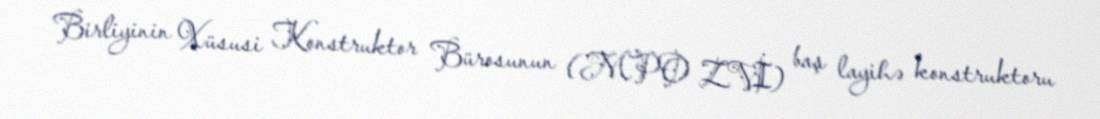
Birliyinin Xüsusi Konstruktor Bürosunun (MPO ZVİ) baş layihə konstruktoru